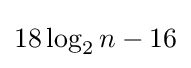
{\textstyle 18\log _{2}n-16}